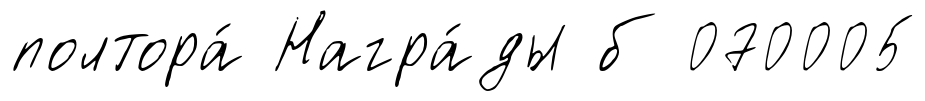
полтора́ Награ́ды б 070005